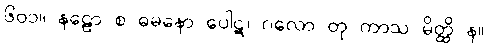
၆၀၁။ နဠော စ ဓမနော ပေါဋ၊ ဂလော တု ကာသ မိတ္ထိ န။